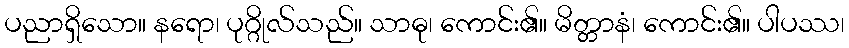
ပညာရှိသော။ နရော၊ ပုဂ္ဂိုလ်သည်။ သာဓု၊ ကောင်း၏။ မိတ္တာနံ၊ ကောင်း၏။ ပါပဿ၊